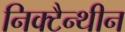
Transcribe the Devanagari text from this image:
निक्टैन्थीन